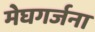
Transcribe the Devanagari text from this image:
मेघगर्जना